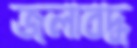
জলাবদ্ধ